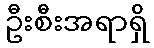
ဦးစီးအရာရှိ